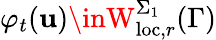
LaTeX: \varphi_{t}(\mathbf{u})\inW_{\mathrm{{loc}},r}^{\Sigma_{1}}(\Gamma)